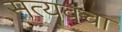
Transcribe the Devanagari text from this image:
सत्यवचा